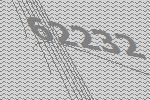
62232